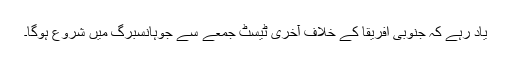
یاد رہے کہ جنوبی افریقا کے خلاف آخری ٹیسٹ جمعے سے جوہانسبرگ میں شروع ہوگا۔